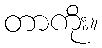
တာကိုး။